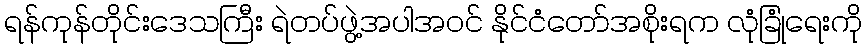
ရန်ကုန်တိုင်းဒေသကြီး ရဲတပ်ဖွဲ့အပါအဝင် နိုင်ငံတော်အစိုးရက လုံခြုံရေးကို